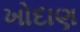
ખોદાણ